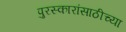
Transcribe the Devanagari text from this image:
पुरस्कारांसाठीच्या